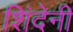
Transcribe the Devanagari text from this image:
शिंदेनी